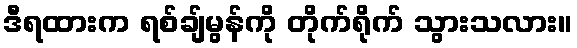
ဒီရထားက ရစ်ချ်မွန်ကို တိုက်ရိုက် သွားသလား။